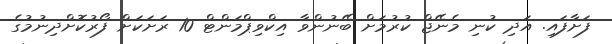
ފަށާފައި. އަދި ކުނި މެނޭޖް ކުރުމަށް ބޭނުންވާ އިކްވިޕްމަންޓް 10 ރަށަކަށް ފޯރުކޮށްދިނުމުގެ